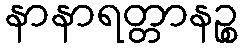
နာနာရတ္တာနဉ္စ